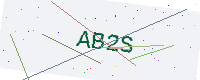
Text: AB2S